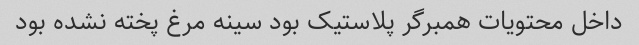
داخل محتویات همبرگر پلاستیک بود سینه مرغ پخته نشده بود